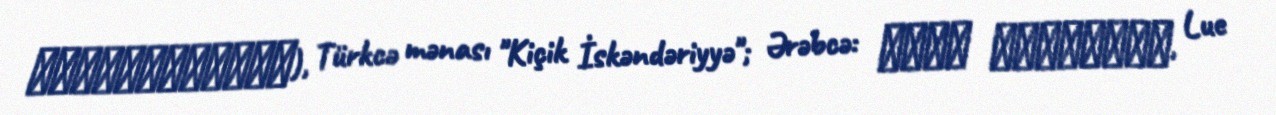
Αλεξανδρέττα), Türkcə mənası "Kiçik İskəndəriyyə"; Ərəbcə: لواء اسكندرون, Lue